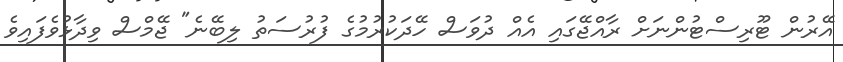
އޭރުން ޓޫރިސްޓުންނަށް ރާއްޖޭގައި އެއް ދުވަސް ހޭދަކުރުމުގެ ފުރުސަތު ލިބޭނެ" ޖޭމްސް ވިދާޅުވެފައިވެ